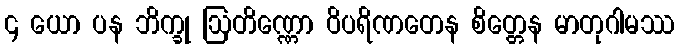
၄ ယော ပန ဘိက္ခု ဩတိဏ္ဏော ဝိပရိဏတေန စိတ္တေန မာတုဂါမဿ